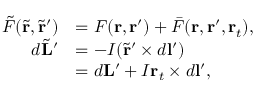
\begin{array} { r l } { \tilde { F } ( \tilde { \mathbf { r } } , \tilde { \mathbf { r } } ^ { \prime } ) } & { = F ( \mathbf { r } , \mathbf { r } ^ { \prime } ) + \bar { F } ( \mathbf { r } , \mathbf { r } ^ { \prime } , \mathbf { r } _ { t } ) , } \\ { d \tilde { \mathbf { L } } ^ { \prime } } & { = - I ( \tilde { \mathbf { r } } ^ { \prime } \times d \mathbf { l } ^ { \prime } ) } \\ & { = d \mathbf { L } ^ { \prime } + I \mathbf { r } _ { t } \times d \mathbf { l } ^ { \prime } , } \end{array}